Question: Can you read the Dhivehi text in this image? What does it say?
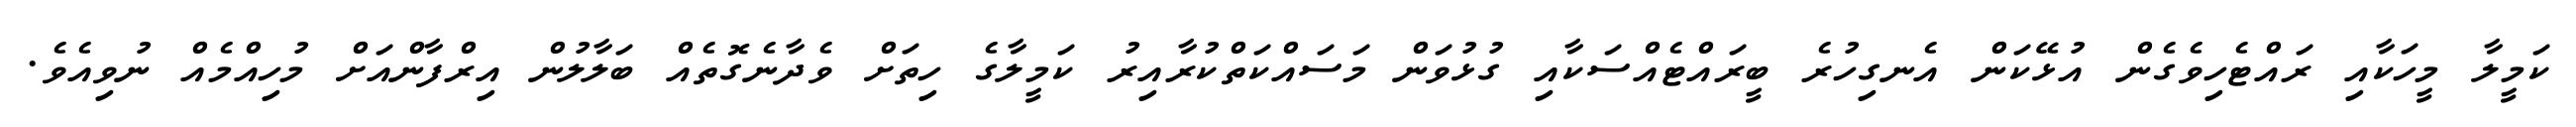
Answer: ކަމީލާ މީހަކާއި ރައްޓެހިވެގެން އުޅޭކަން އެނގިހުރެ ބީރައްޓެއްސަކާއި ގުޅުވަން މަސައްކަތްކުރާއިރު ކަމީލާގެ ހިތަށް ވެދާނެގޮތެއް ބަލާލުން އިރްފާންއަށް މުހިއްމެއް ނުވިއެވެ.